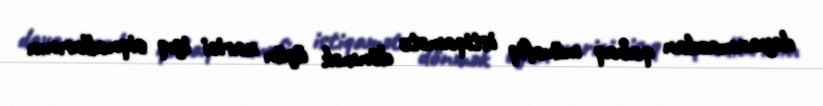
dayanmazdan qabaq müvafiq istiqamətə dönmək üçün xarici işıq siqnallarının